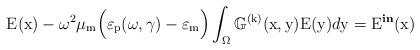
LaTeX: \begin{align*}\mathrm{E}(\mathrm{x}) - \omega^2\mu_\mathrm{m}\Big(\varepsilon_\mathrm{p}(\omega,\gamma)-\varepsilon_\mathrm{m}\Big)\int_\Omega \mathbb{G}^{(\mathrm{k})}(\mathrm{x},\mathrm{y})\mathrm{E}(\mathrm{y})d\mathrm{y} = \mathrm{E}^{\textbf{in}}(\mathrm{x})\end{align*}